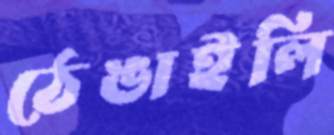
ঠেঙাইলি